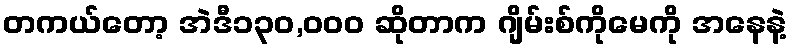
တကယ်တော့ အဲဒီ၁၃၀,၀၀၀ ဆိုတာက ဂျိမ်းစ်ကိုမေကို အနေနဲ့